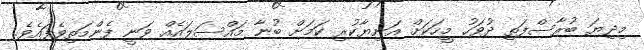
މިދިޔަ ބުރާސްފަތި ދުވަހު މީހަކަށް އަނިޔާކުރި ކަމަށް ބުނާ މައްސަލައެއް ވަނީ ފެންމަތިވެފައެވެ.